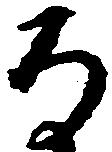
な